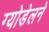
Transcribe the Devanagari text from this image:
ग्योडेलने